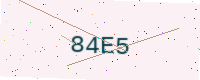
Text: 84E5